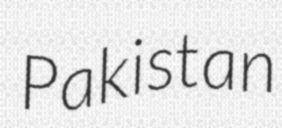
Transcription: Pakistan